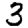
Digit: 3